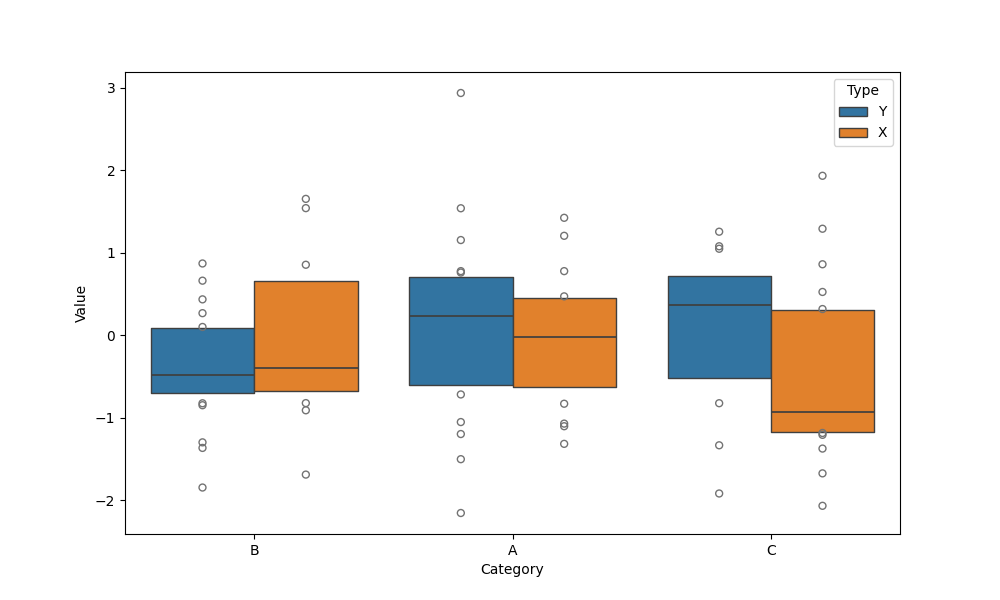
python, seaborn, boxenplot, k_depth='tukey', linewidth=1, scale='linear', outlier_prop=0.1, showfliers=True